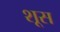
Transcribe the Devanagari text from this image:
शूस